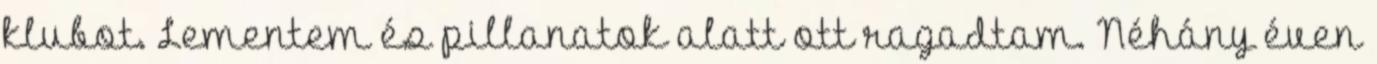
klubot. Lementem és pillanatok alatt ott ragadtam. Néhány éven